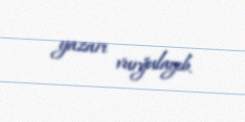
yazarı vurğulayıb.